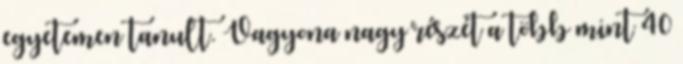
egyetemen tanult. Vagyona nagy részét a több mint 40